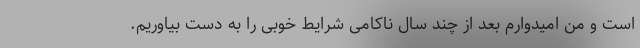
است و من امیدوارم بعد از چند سال ناکامی شرایط خوبی را به دست بیاوریم.